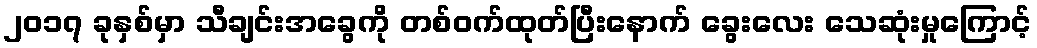
၂၀၁၇ ခုနှစ်မှာ သီချင်းအခွေကို တစ်ဝက်ထုတ်ပြီးနောက် ခွေးလေး သေဆုံးမှုကြောင့်